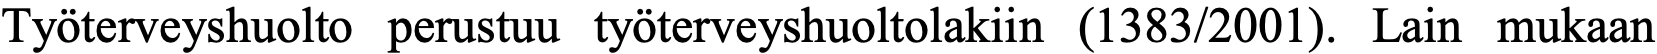
Työterveyshuolto perustuu työterveyshuoltolakiin (1383/2001). Lain mukaan